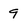
Character: 9